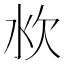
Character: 𰛐